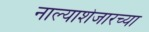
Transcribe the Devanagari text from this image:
नाल्याशेजारच्या